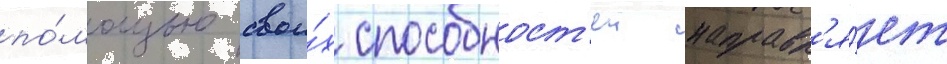
по́мощью свои́х способност'еи направл'я́ет